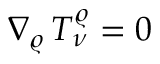
\nabla _ { \varrho } \, T _ { \nu } ^ { \varrho } = 0 \, \, \/